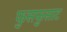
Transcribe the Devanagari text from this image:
फुसफुसाट